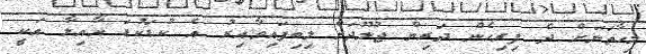
މިހާތަނަށް ދެ ފިރިހެން ދަރިން ޖުލޫދަށް ލިބިފައިވާއިރު އެ ކުޑަކުޑަ އާއިލާ އަކީ